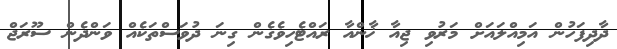
ދާދިފަހުން އަމިއްލައަށް މަރުވި ޖިއާ ޚާންއާ ރައްޓެހިވެގެން ގިނަ ދުވަސްތަކެއް ވަންދެން ސޫރަޖް